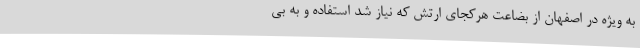
به ویژه در اصفهان از بضاعت هرکجای ارتش که نیاز شد استفاده و به بی